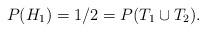
LaTeX: \begin{align*}P(H_{1}) = 1/2 = P(T_{1} \cup T_{2}).\end{align*}